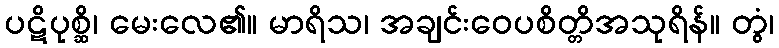
ပဋိပုစ္ဆိ၊ မေးလေ၏။ မာရိသ၊ အချင်းဝေပစိတ္တိအသုရိန်။ တွံ၊